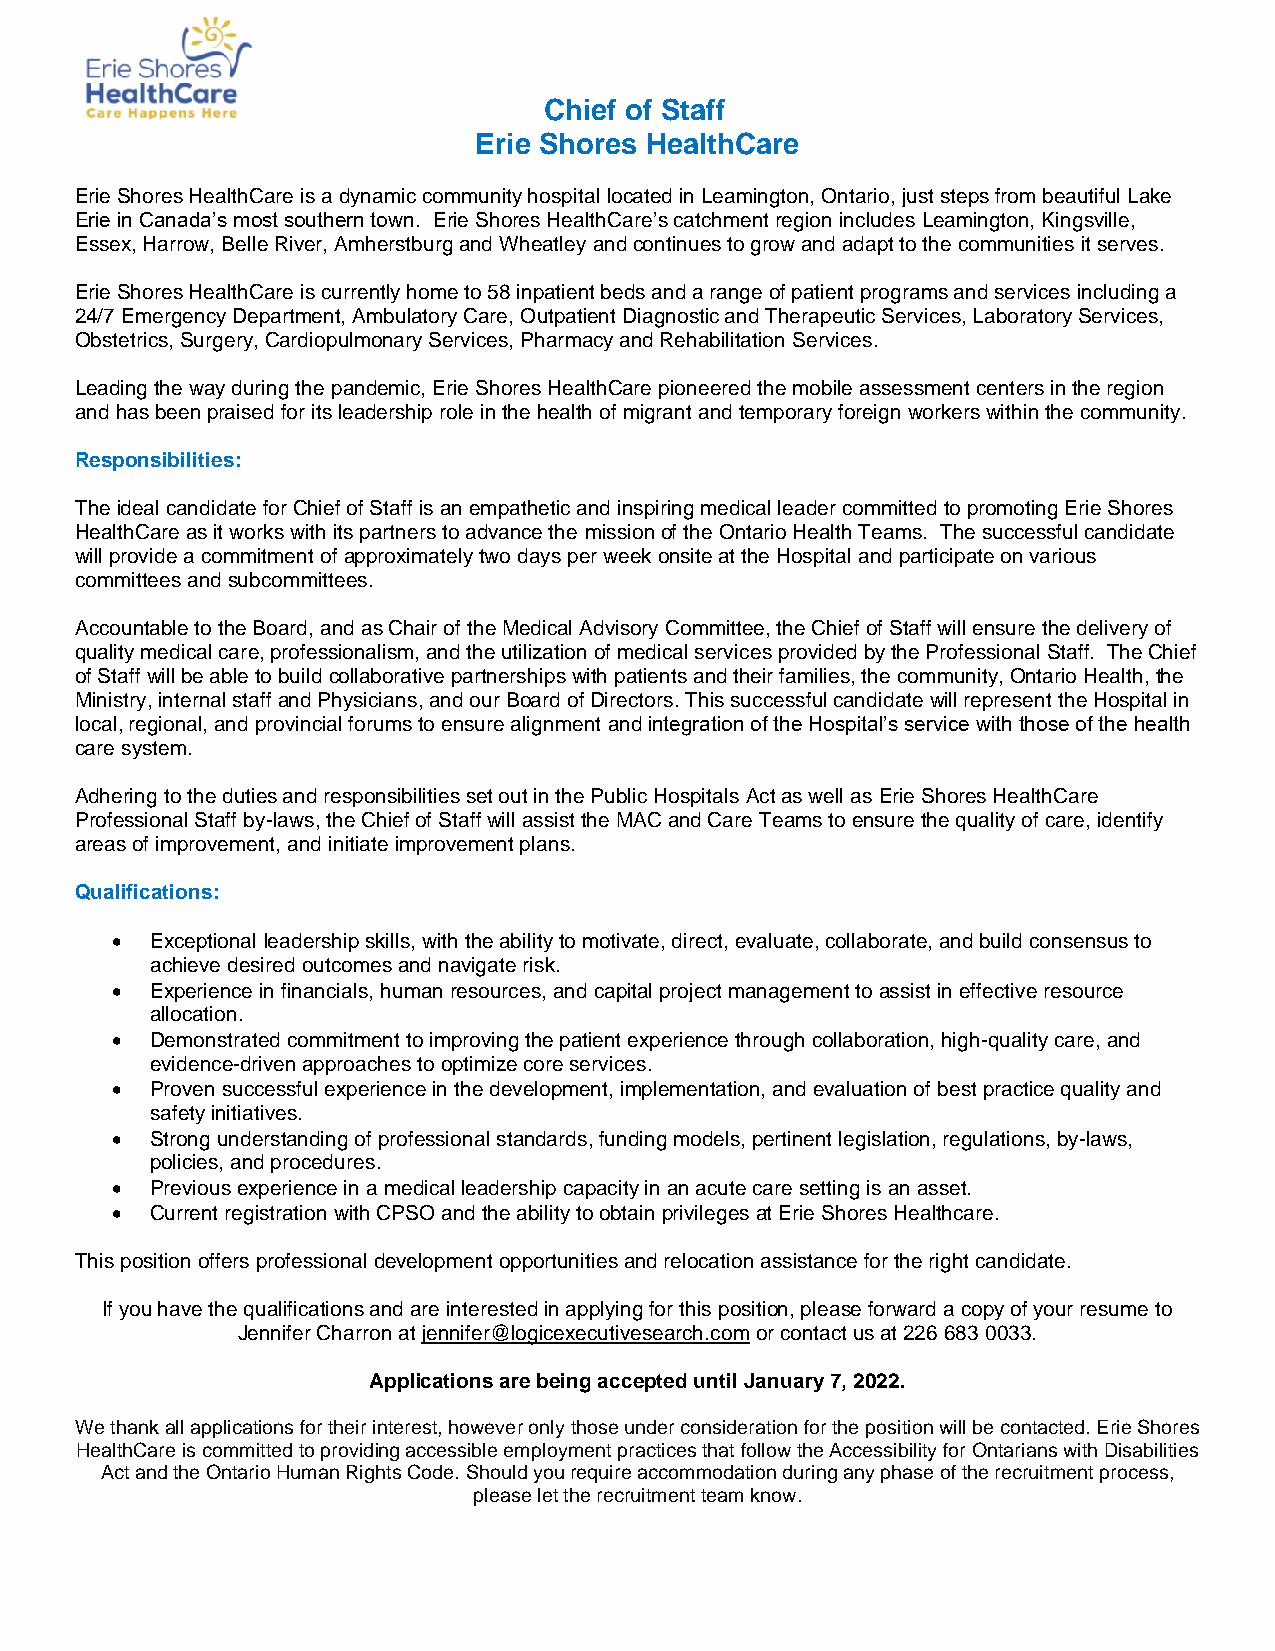
Chief of Staff
 Erie Shores HealthCare
 Erie Shores HealthCare is a dynamic community hospital located in Leamington, Ontario, just steps from beautiful Lake
 Erie in Canada’s most southern town. Erie Shores HealthCare’s catchment region includes Leamington, Kingsville,
 Essex, Harrow, Belle River, Amherstburg and Wheatley and continues to grow and adapt to the communities it serves.
 Erie Shores HealthCare is currently home to 58 inpatient beds and a range of patient programs and services including a
 24/7 Emergency Department, Ambulatory Care, Outpatient Diagnostic and Therapeutic Services, Laboratory Services,
 Obstetrics, Surgery, Cardiopulmonary Services, Pharmacy and Rehabilitation Services.
 Leading the way during the pandemic, Erie Shores HealthCare pioneered the mobile assessment centers in the region
 and has been praised for its leadership role in the health of migrant and temporary foreign workers within the community.
 Responsibilities:
 The ideal candidate for Chief of Staff is an empathetic and inspiring medical leader committed to promoting Erie Shores
 HealthCare as it works with its partners to advance the mission of the Ontario Health Teams. The successful candidate
 will provide a commitment of approximately two days per week onsite at the Hospital and participate on various
 committees and subcommittees.
 Accountable to the Board, and as Chair of the Medical Advisory Committee, the Chief of Staff will ensure the delivery of
 quality medical care, professionalism, and the utilization of medical services provided by the Professional Staff. The Chief
 of Staff will be able to build collaborative partnerships with patients and their families, the community, Ontario Health, the
 Ministry, internal staff and Physicians, and our Board of Directors. This successful candidate will represent the Hospital in
 local, regional, and provincial forums to ensure alignment and integration of the Hospital’s service with those of the health
 care system.
 Adhering to the duties and responsibilities set out in the Public Hospitals Act as well as Erie Shores HealthCare
 Professional Staff by-laws, the Chief of Staff will assist the MAC and Care Teams to ensure the quality of care, identify
 areas of improvement, and initiate improvement plans.
 Qualifications:
 •  Exceptional leadership skills, with the ability to motivate, direct, evaluate, collaborate, and build consensus to
 achieve desired outcomes and navigate risk.
 •  Experience in financials, human resources, and capital project management to assist in effective resource
 allocation.
 •  Demonstrated commitment to improving the patient experience through collaboration, high-quality care, and
 evidence-driven approaches to optimize core services.
 •  Proven successful experience in the development, implementation, and evaluation of best practice quality and
 safety initiatives.
 •  Strong understanding of professional standards, funding models, pertinent legislation, regulations, by-laws,
 policies, and procedures.
 •  Previous experience in a medical leadership capacity in an acute care setting is an asset.
 •  Current registration with CPSO and the ability to obtain privileges at Erie Shores Healthcare.
 This position offers professional development opportunities and relocation assistance for the right candidate.
 If you have the qualifications and are interested in applying for this position, please forward a copy of your resume to
 Jennifer Charron at jennifer@logicexecutivesearch.com or contact us at 226 683 0033.
 Applications are being accepted until January 7, 2022.
 We thank all applications for their interest, however only those under consideration for the position will be contacted. Erie Shores
 HealthCare is committed to providing accessible employment practices that follow the Accessibility for Ontarians with Disabilities
 Act and the Ontario Human Rights Code. Should you require accommodation during any phase of the recruitment process,
 please let the recruitment team know.